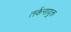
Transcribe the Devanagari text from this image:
तर्कनायुक्त